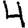
Digit: 4